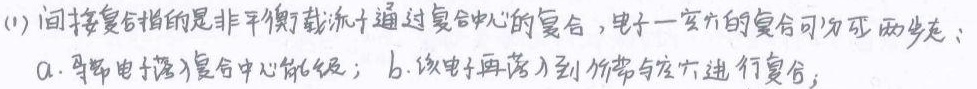
(1) 间接复合指的是非平衡载流子通过“复合中心”的复合，电子 - 空穴的复合可分两步：a. 导带电子落入复合中心能级；b. 该电子再落入到价带与空穴进行复合。